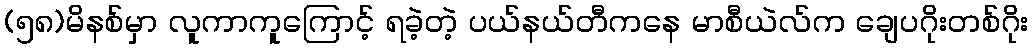
(၅၈)မိနစ်မှာ လူကာကူကြောင့် ရခဲ့တဲ့ ပယ်နယ်တီကနေ မာစီယဲလ်က ချေပဂိုးတစ်ဂိုး